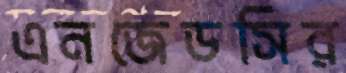
এনজেডসির